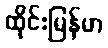
ထိုင်းမြန်မာ